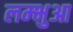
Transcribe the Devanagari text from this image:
लम्‍भुआ